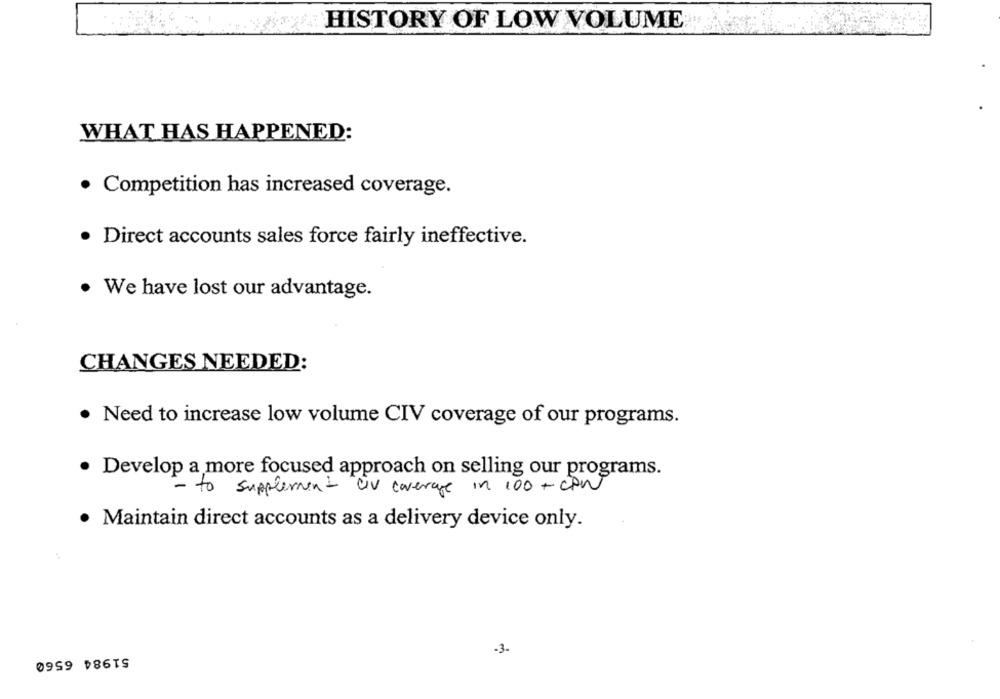
HISTORY OF LOW VOLUME
WHAT HAS HAPPENED:
· Competition has increased coverage.
· Direct accounts sales force fairly ineffective.
· We have lost our advantage.
CHANGES NEEDED:
· Need to increase low volume CIV coverage of our programs.
· Develop a more focused approach on selling our programs.
- to supplement av coverage in 100 + CPN
· Maintain direct accounts as a delivery device only.
-3-
51984 6560